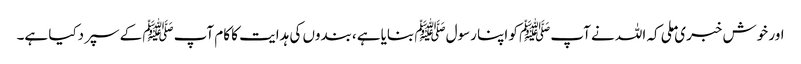
اور خوش خبری ملی کہ اللہ نے آپﷺ کو اپنا رسولﷺ بنایاہے ،بندوں کی ہدایت کا کام آپﷺ کے سپردکیا ہے۔